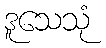
ဒူသေသုံ